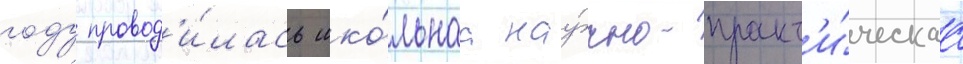
году провод'и́лась шко́льнаа нау́чно-практ'и́ческаа